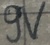
Text: 9V